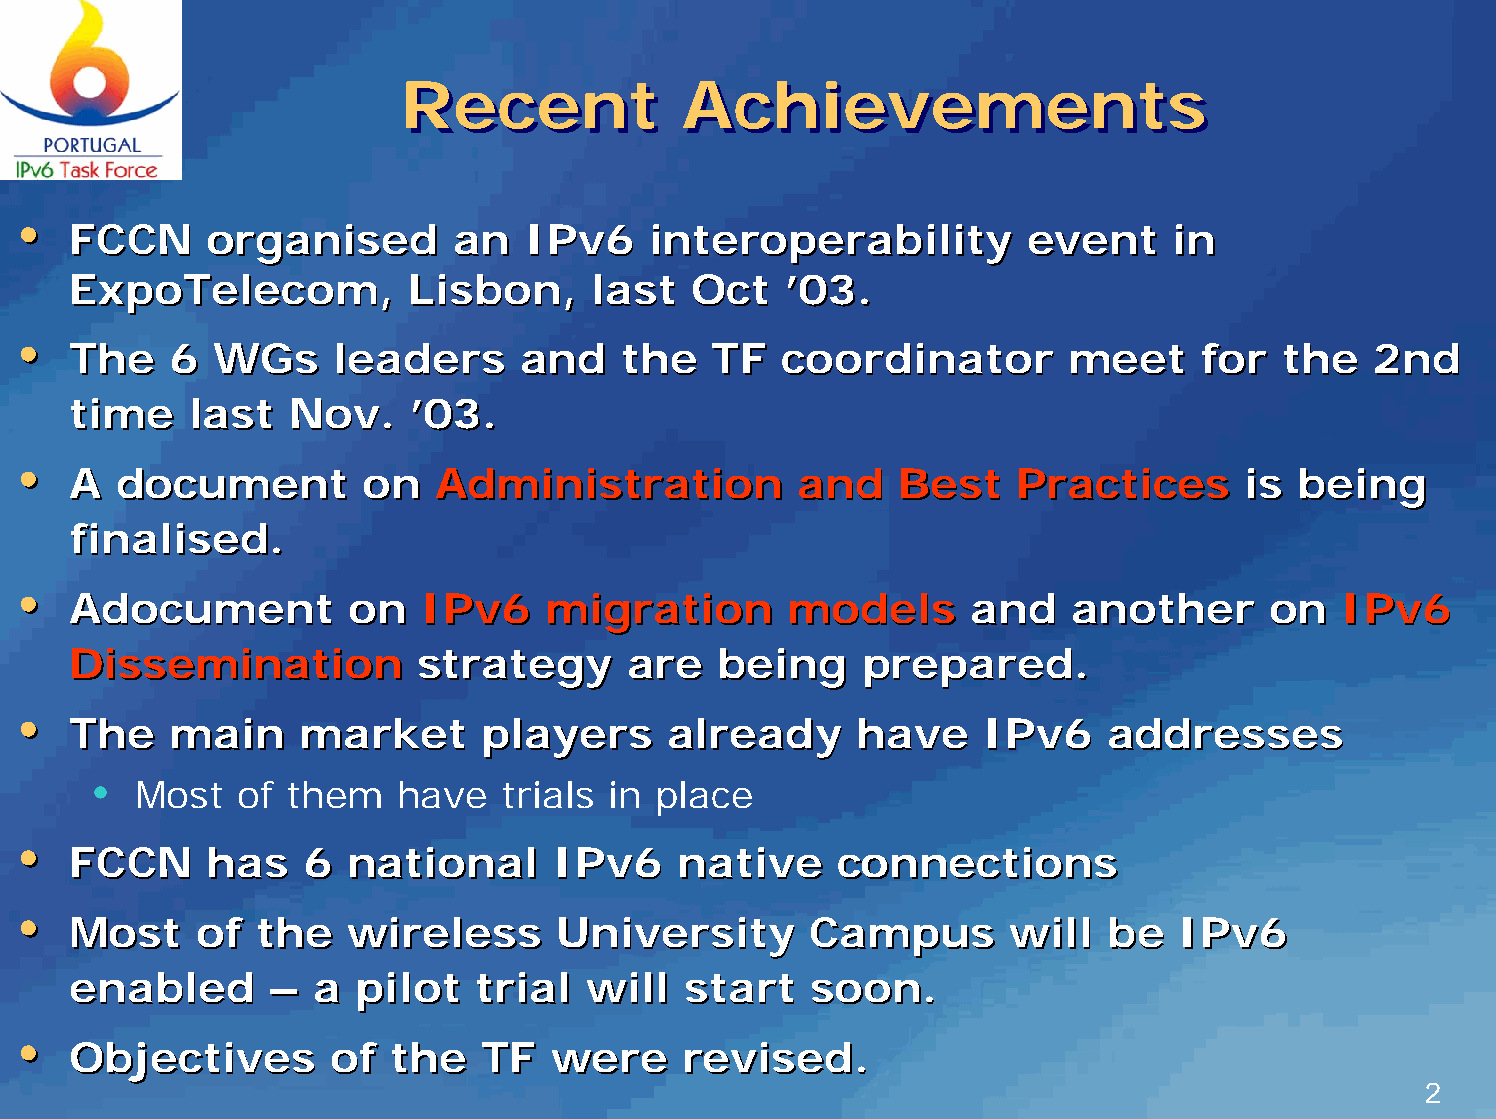
RReecceenntt       AAcchhiieevveemmeennttss
 ••
 FFCCCCNN oorrggaanniisseedd aann IIPPvv66 iinntteerrooppeerraabbiilliittyy eevveenntt iinn
 EExxppooTTeelleeccoomm,, LLiissbboonn,, llaasstt OOcctt ’’0033..
 ••
 TThhee 66 WWGGss  lleeaaddeerrss aanndd tthhee TTFF ccoooorrddiinnaattoorr mmeeeett ffoorr tthhee 22nndd
 ttiimmee llaasstt NNoovv.. ’’0033..
 ••
 AA ddooccuummeenntt oonn AAddmmiinniissttrraattiioonn aanndd BBeesstt PPrraaccttiicceess iiss bbeeiinngg
 ffiinnaalliisseedd..
 ••
 AAddooccuummeenntt oonn IIPPvv66 mmiiggrraattiioonn mmooddeellss aanndd aannootthheerr oonn IIPPvv66
 DDiisssseemmiinnaattiioonn ssttrraatteeggyy aarree bbeeiinngg pprreeppaarreedd..
 ••
 TThhee mmaaiinn mmaarrkkeett ppllaayyeerrss aallrreeaaddyy hhaavvee IIPPvv66 aaddddrreesssseess
 •
 Most   of them    have   trials in place
 ••
 FFCCCCNN hhaass 66 nnaattiioonnaall IIPPvv66 nnaattiivvee ccoonnnneeccttiioonnss
 ••
 MMoosstt ooff tthhee wwiirreelleessss UUnniivveerrssiittyy CCaammppuuss wwiillll bbee IIPPvv66
 eennaabblleedd –– aa ppiilloott ttrriiaall wwiillll ssttaarrtt ssoooonn..
 ••
 OObbjjeeccttiivveess ooff tthhee TTFF wweerree rreevviisseedd..
 2